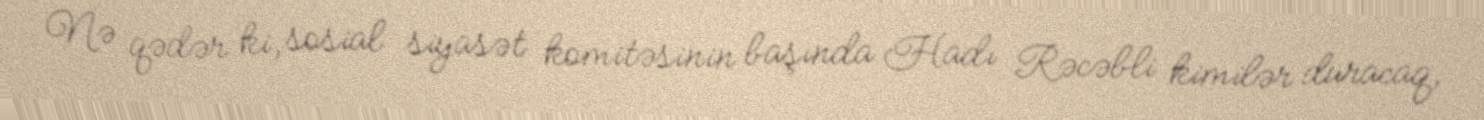
Nə qədər ki, sosial siyasət komitəsinin başında Hadı Rəcəbli kimilər duracaq,